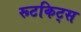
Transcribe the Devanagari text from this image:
रूटकिट्स